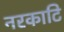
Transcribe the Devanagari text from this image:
नरकाटि